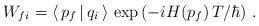
LaTeX: \begin{align*}W_{fi} =\langle \, p_f \, | \, q_i \, \rangle \,\exp \left ( - i H ( p_f ) \, T / \hbar \right )\, .\end{align*}